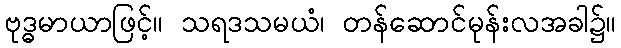
ဗုဒ္ဓမာယာဖြင့်။ သရဒသမယံ၊ တန်ဆောင်မုန်းလအခါ၌။